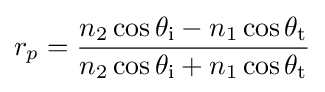
r_{p}={\frac {n_{2}\cos \theta _{\text{i}}-n_{1}\cos \theta _{\text{t}}}{n_{2}\cos \theta _{\text{i}}+n_{1}\cos \theta _{\text{t}}}}